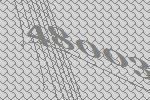
48003